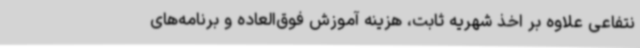
نتفاعی علاوه بر اخذ شهریه ثابت، هزینه آموزش فوق‌العاده و برنامه‌های